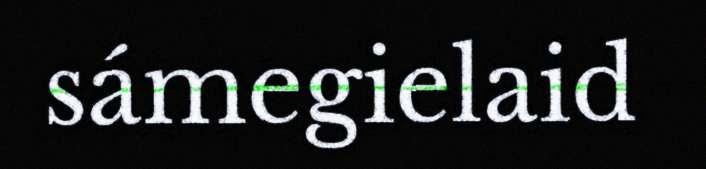
sámegielaid